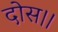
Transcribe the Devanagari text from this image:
दोस।।